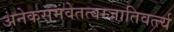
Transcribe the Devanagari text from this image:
अनेकसमवेतत्वम्जातिवर्त्त्य